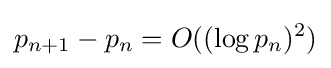
p_{n+1}-p_{n}=O((\log p_{n})^{2})